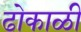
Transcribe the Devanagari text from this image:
ढोकाळी